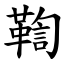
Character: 鞫